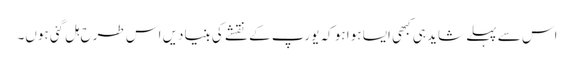
اس سے پہلے شاید ہی کبھی ایسا ہوا ہو کہ یورپ کے نقشے کی بنیادیں اس طرح ہل گئی ہوں۔